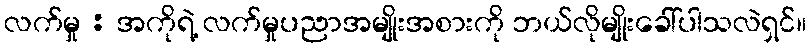
လက်မှု : အကိုရဲ့ လက်မှုပညာအမျိုးအစားကို ဘယ်လိုမျိုးခေါ်ပါသလဲရှင်။